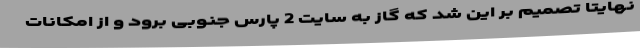
نهایتا تصمیم بر این شد که گاز به سایت 2 پارس جنوبی برود و از امکانات